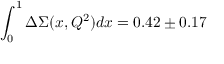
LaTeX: \int _ { 0 } ^ { 1 } \Delta \Sigma ( x , Q ^ { 2 } ) d x = 0 . 4 2 \pm 0 . 1 7